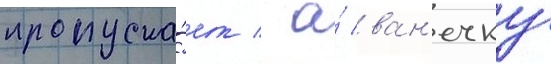
пропуска́ет / а́ ван'ечку